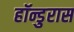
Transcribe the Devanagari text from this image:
हॉन्डुरास